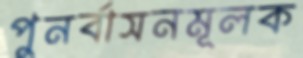
পুনর্বাসনমূলক